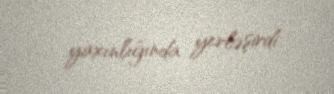
yaxınlığında yerləşirdi.